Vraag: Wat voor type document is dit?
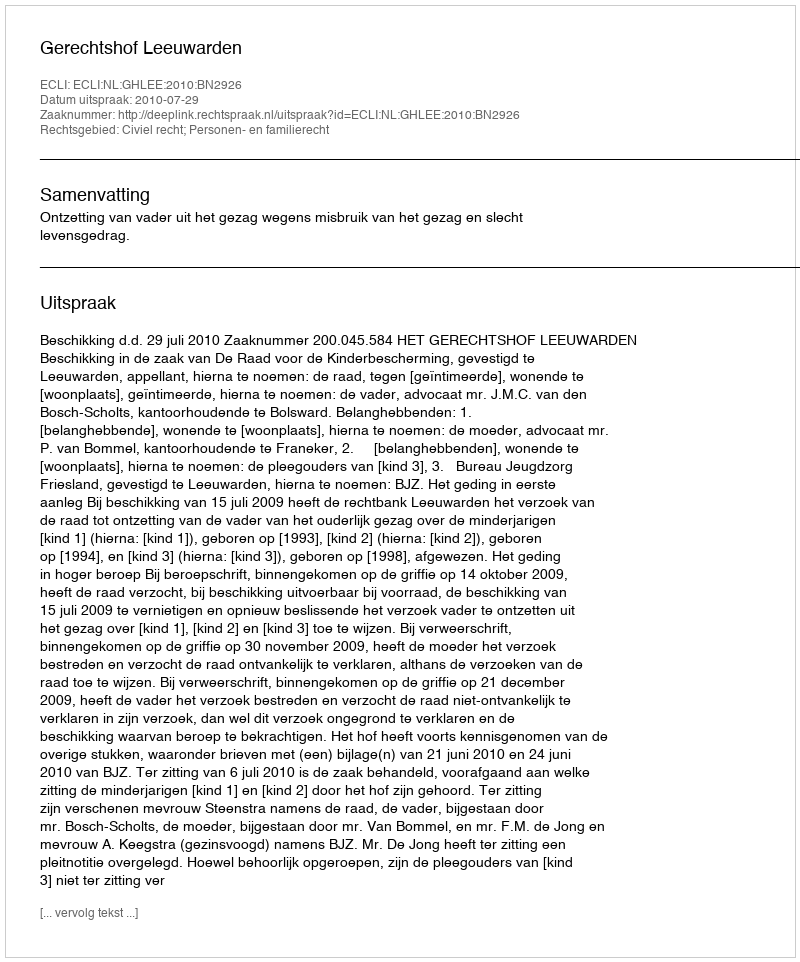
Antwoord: Uitspraak